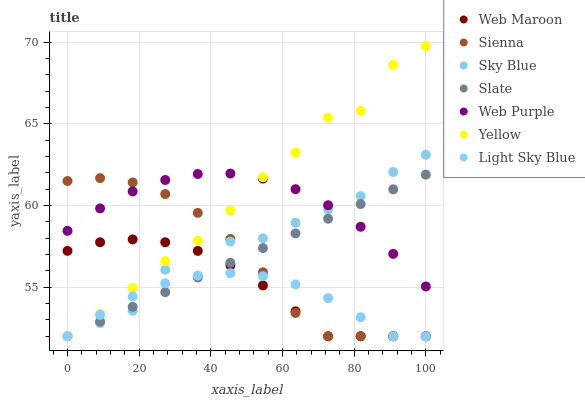
| xaxis_label | Web Maroon | Sienna | Sky Blue | Slate | Web Purple | Yellow | Light Sky Blue |
 | --- | --- | --- | --- | --- | --- | --- | --- |
 | 0 | 57.2 | 61.5 | 52 | 52 | 58.5 | 52 | 52 |
 | 9.09 | 57.8 | 61.7 | 52.8 | 52.9 | 59.8 | 53.4 | 53.3 |
 | 18.2 | 57.9 | 61.4 | 53.6 | 53.8 | 60.9 | 55 | 54.4 |
 | 27.3 | 57.8 | 60.7 | 56.1 | 54.7 | 61.6 | 56.6 | 55.2 |
 | 36.4 | 57.2 | 59.6 | 55.7 | 55.6 | 61.9 | 57.9 | 55.7 |
 | 45.5 | 56.3 | 58 | 57.8 | 56.5 | 62 | 59.7 | 55.9 |
 | 54.5 | 55.1 | 55.9 | 58 | 57.4 | 61.7 | 61.7 | 55.7 |
 | 63.6 | 53.5 | 53.4 | 59 | 58.3 | 61 | 63.2 | 55.2 |
 | 72.7 | 52 | 52 | 59.8 | 59.2 | 60 | 65.4 | 54.3 |
 | 81.8 | 52 | 52 | 60.6 | 60.1 | 58.7 | 65.8 | 53.2 |
 | 90.9 | 52 | 52 | 62.1 | 61 | 57 | 68.6 | 52 |
 | 100 | 52 | 52 | 63.1 | 61.9 | 55 | 69.8 | 52 |